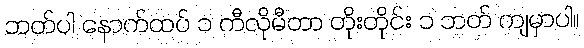
ဘတ်ပါ နောက်ထပ် ၁ ကီလိုမီတာ တိုးတိုင်း ၁ ဘတ် ကျမှာပါ။